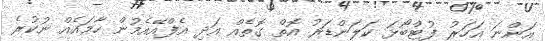
އަންނަ އަހަރު ފުޓްބޯޅަ ކަލަންޑަރު އޮތް ގޮތެއް އަދި އެފްއޭއެމުން ހާމައެއް ނުކުރެ